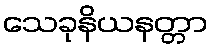
သေခုနိယနတ္တာ